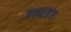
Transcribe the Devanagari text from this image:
जफरजंग